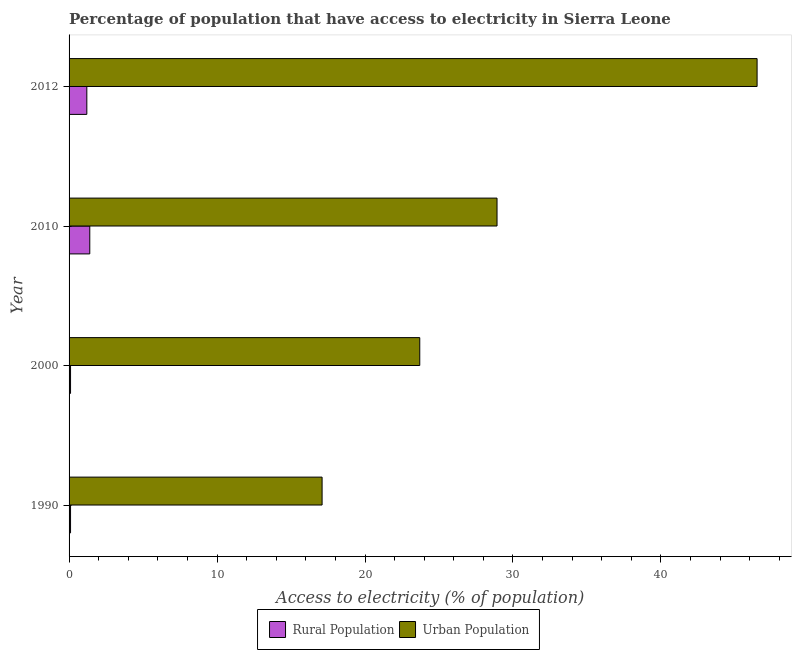
| Year | Rural Population | Urban Population |
 | --- | --- | --- |
 | 1990 | 0.1 | 17.1 |
 | 2000 | 0.1 | 23.7 |
 | 2010 | 1.4 | 28.9 |
 | 2012 | 1.2 | 46.5 |